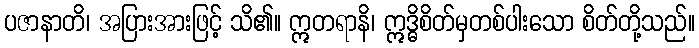
ပဇာနာတိ၊ အပြားအားဖြင့် သိ၏။ ဣတရာနိ၊ ဣဒ္ဓိစိတ်မှတစ်ပါးသော စိတ်တို့သည်။